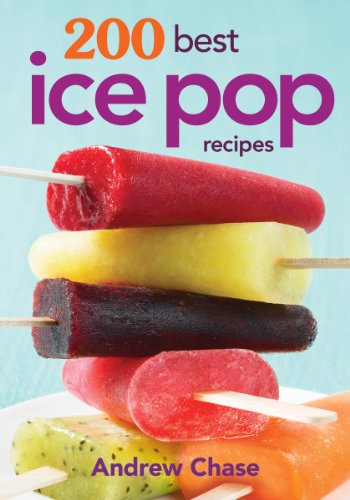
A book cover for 200 Best Ice Pop Recipes; Andrew Chase; Cookbooks, Food & Wine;